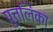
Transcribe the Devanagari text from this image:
पुत्तलिका